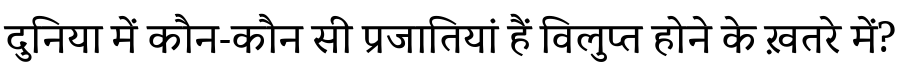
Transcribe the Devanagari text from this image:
दुनिया में कौन-कौन सी प्रजातियां हैं विलुप्त होने के ख़तरे में?